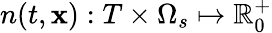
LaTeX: n(t,\mathbf{x}):T\times\Omega_{s}\mapsto\mathbb{R}_{0}^{+}